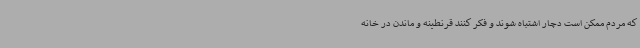
که مردم ممکن است دچار اشتباه شوند و فکر کنند قرنطینه و ماندن در خانه